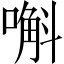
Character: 嘝